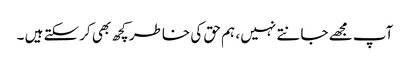
آپ مجھے جانتے نہیں ، ہم حق کی خاطر کچھ بھی کرسکتے ہیں ۔